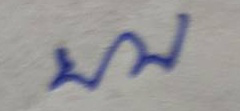
บบ